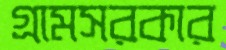
গ্রামসরকার